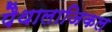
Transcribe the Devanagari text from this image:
पैथालाजिकल